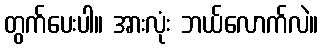
တွက်ပေးပါ။ အားလုံး ဘယ်လောက်လဲ။